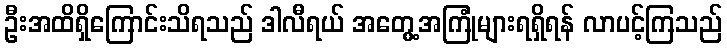
ဦးအထိရှိကြောင်းသိရသည် ဒါလီရယ် အတွေ့အကြုံများရရှိရန် လာပင့်ကြသည်